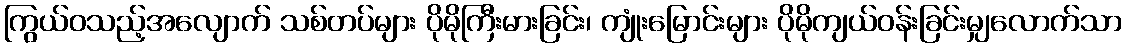
ကြွယ်ဝသည့်အလျောက် သစ်တပ်များ ပိုမိုကြီးမားခြင်း၊ ကျုံးမြောင်းများ ပိုမိုကျယ်ဝန်းခြင်းမျှလောက်သာ